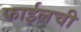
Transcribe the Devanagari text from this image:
फाईलची